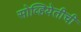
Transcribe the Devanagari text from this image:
सोव्हियेतीची